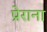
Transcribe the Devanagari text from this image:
प्रेराना